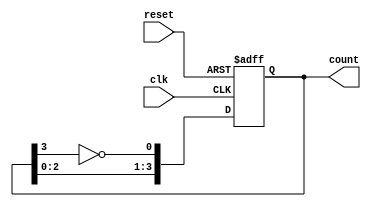
module johnson_counter #(
    parameter N = 4  // Number of flip-flops
)(
    input wire clk,          // Clock input
    input wire reset,        // Asynchronous reset input
    output reg [N-1:0] count // Current state of the Johnson counter
);

    // Always block triggered on the rising edge of the clock or the reset signal
    always @(posedge clk or posedge reset) begin
        if (reset) begin
            // Reset all flip-flops to 0
            count <= {N{1'b0}};
        end else begin
            // Johnson counter logic
            count <= {count[N-2:0], ~count[N-1]};
        end
    end

endmodule